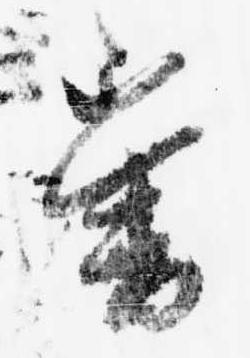
曾